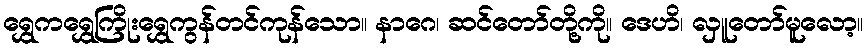
ရွှေကရွှေကြိုးရွှေကွန်တင်ကုန်သော။ နာဂေ၊ ဆင်တော်တို့ကို။ ဒေဟိ၊ လှူတော်မူလော့။